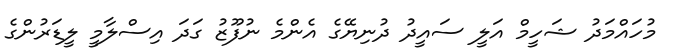
މުހައްމަދު ޝަހީމް އަލީ ސައީދު ދުނިޔޭގެ އެންމެ ނުފޫޒު ގަދަ އިސްލާމީ ލީޑަރުންގެ